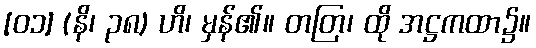
[၀၁] (နိ၊ ၃၈) ဟိ၊ မှန်၏။ တတြ၊ ထို အဋ္ဌကထာ၌။